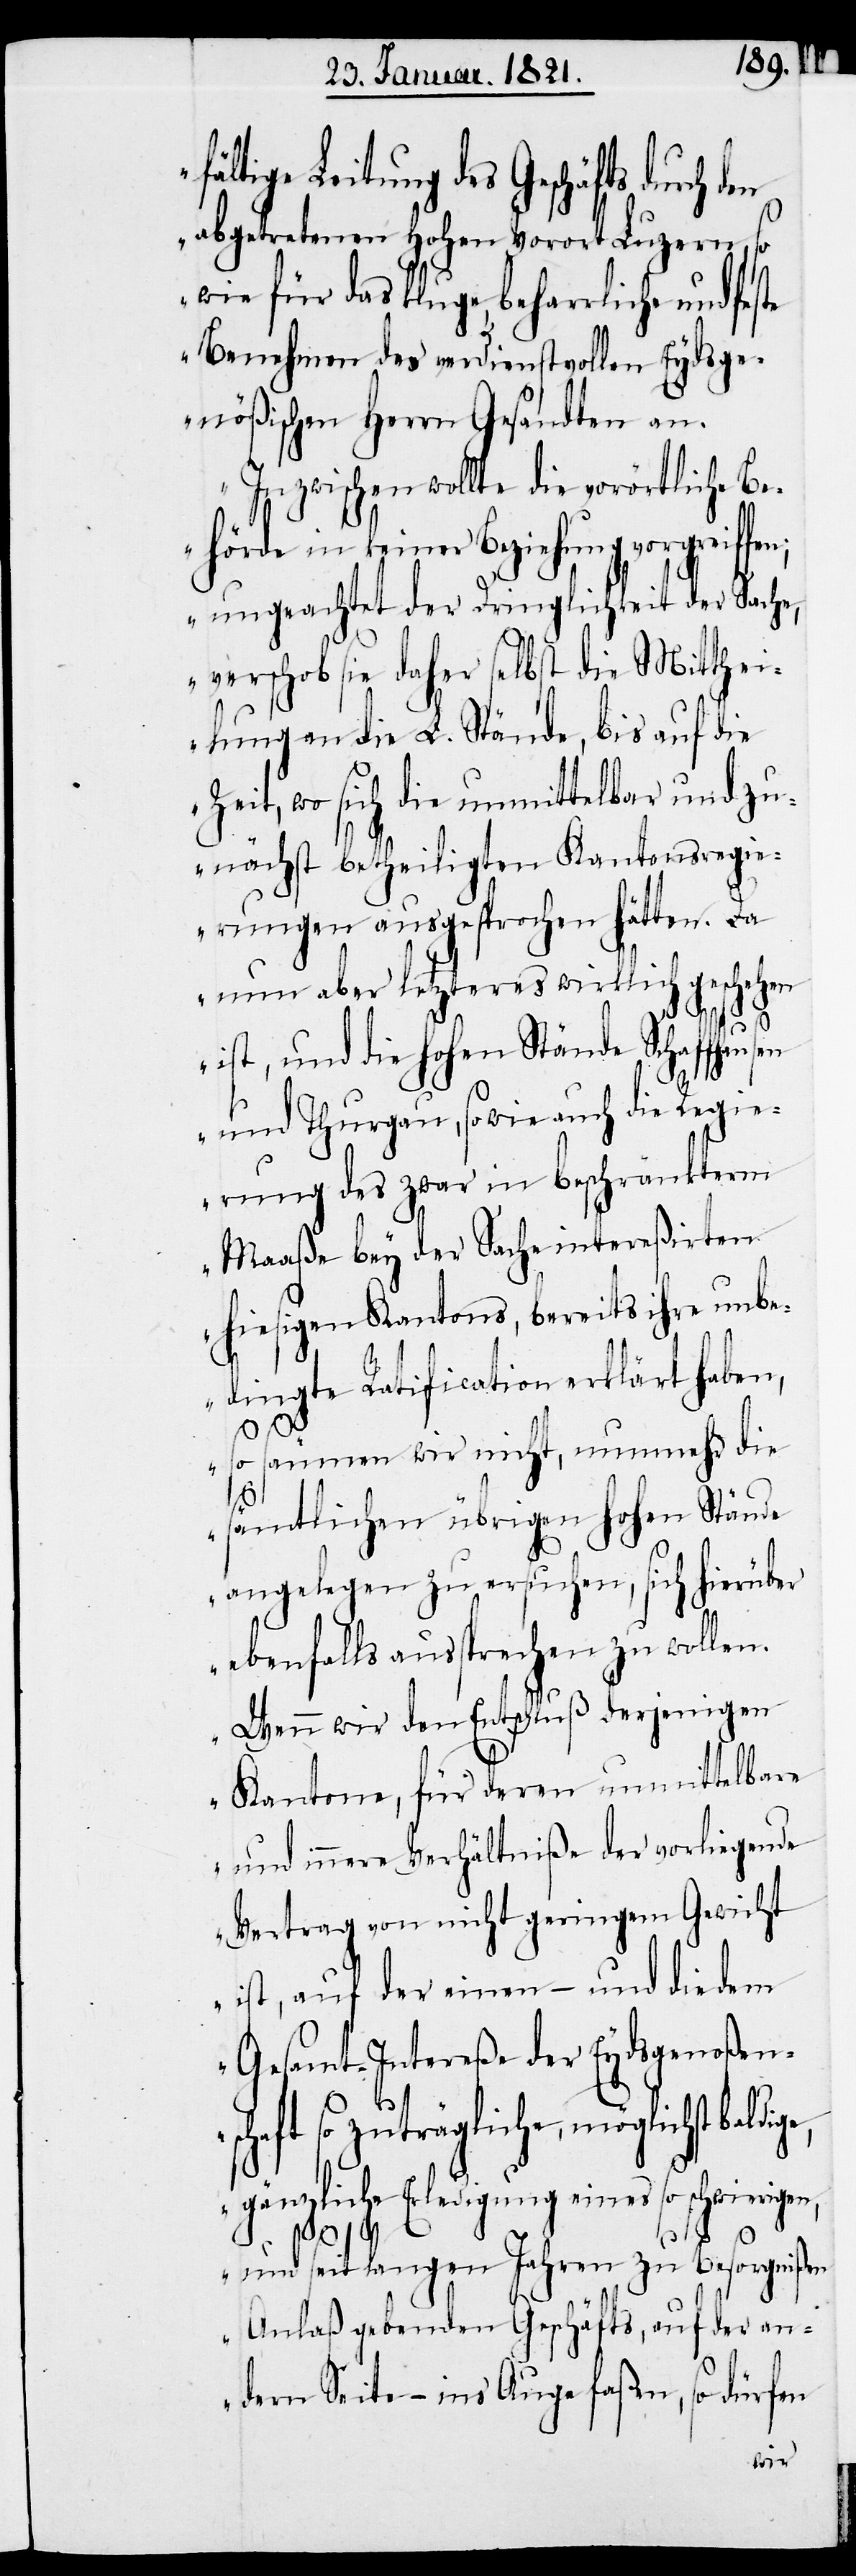
fältige Leitung des Geschäfts durch
abgetretenen hohen Vorort Luzern, so
wie für das kluge, beharrliche und stete
Benehmen des verdienstvollen Eydsge¬
nößischen Herrn Gesandten an.
Inzwischen wollte die vorörtliche Be¬
hörde in keiner Beziehung vorgreiffen;
ungeachtet der Dringlichkeit der Sache,
verschob sie daher selbst die Mitthei¬
lung an die L. Stände, bis auf die
Zeit, wo sich die unmittelbar und zu¬
nächst betheiligten Kantonsregi¬
erungen ausgesprochen hätten. Da
nun aber letzteres wirklich geschehen
ist, und die hohen Stände Schaffhausen
und Thurgau, so wie auch die Regie¬
rung des zwar in beschränkterm
Maaße bey der Sache intereßirten
hiesigen Kantons, bereits ihre unbe¬
dingte Ratification erklärt haben,
so säumen wir nicht, nunmehr die
ge,
sämtlichen übrigen hohen Stände
angelegen zu ersuchen, sich hierüber
ebenfalls aussprechen zu wollen.
Wenn wir den Entschluß derjenigen
Kantone, für deren unmittelbare
und innere Verhältniße der vorliegende
Vertrag von nicht geringem Gewicht
ist, auf der einen – und die dem
Gesamt-Intereße der Eydsgenoßen¬
schaft so zuträgliche, möglichst baldi¬
gänzliche Erledigung eines so schwierigen,
und seit langen Jahren zu Besorgnißen
Anlaß gebenden Geschäfts, auf der an¬
dern Seite – in’s Auge faßen, so dürfen